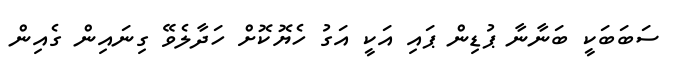
ސަބަބަކީ ބަނާނާ ޕުޑިން ޕައި އަކީ އަގު ހެޔޮކޮށް ހަދާލެވޭ ގިނައިން ގެއިން